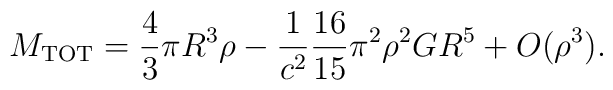
M_{\rm TOT} = \frac{4}{3} \pi R^3 \rho - \frac{1}{c^2} \frac{16}{15}  \pi^2 \rho^2 G R^5 + O(\rho^3) .